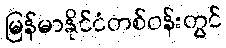
မြန်မာနိုင်ငံတစ်ဝန်းတွင်